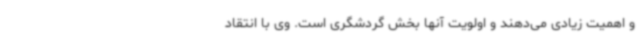
و اهمیت زیادی می‌دهند و اولویت آنها بخش گردشگری است. وی با انتقاد